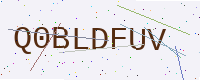
Text: Q0BLDFUV